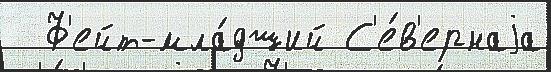
  Ф'ейт-мла́дший С'е́в'ернаjа